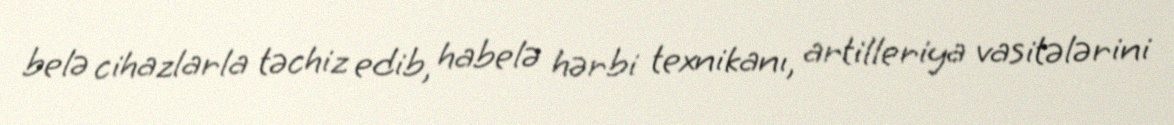
belə cihazlarla təchiz edib, habelə hərbi texnikanı, artilleriya vasitələrini